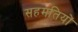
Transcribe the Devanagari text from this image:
सहमतियों